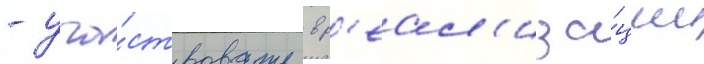
- уча́ствовать в р'еал'иза́ции